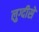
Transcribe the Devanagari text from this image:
लुग्दीसे